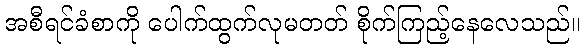
အစီရင်ခံစာကို ပေါက်ထွက်လုမတတ် စိုက်ကြည့်နေလေသည်။